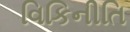
વિકિનીતિ